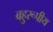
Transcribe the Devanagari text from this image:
बहुरूपीय